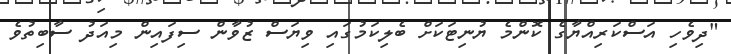
"ދިވެހި އަސްކަރިއްޔާގެ ކޮންމެ ޔުނިޓަކަށް ބެލިކަމުގައި ވިޔަސް ޒުވާން ސިފައިން މިއަދު ސާބިތުވެ